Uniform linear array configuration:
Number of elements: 16
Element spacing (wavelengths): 0.5
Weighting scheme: hann
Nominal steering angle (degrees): -60
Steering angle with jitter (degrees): -60.113
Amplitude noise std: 0.05
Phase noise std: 0.05

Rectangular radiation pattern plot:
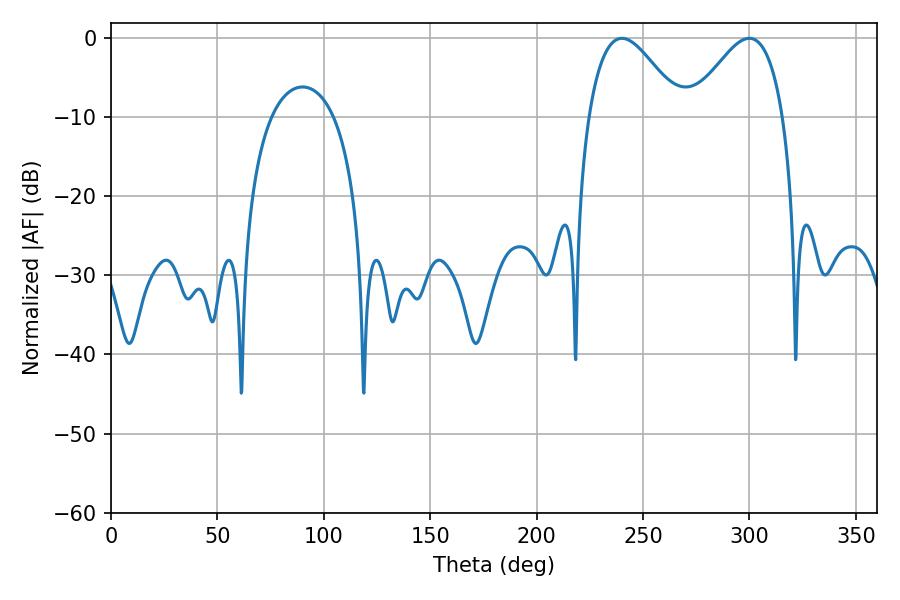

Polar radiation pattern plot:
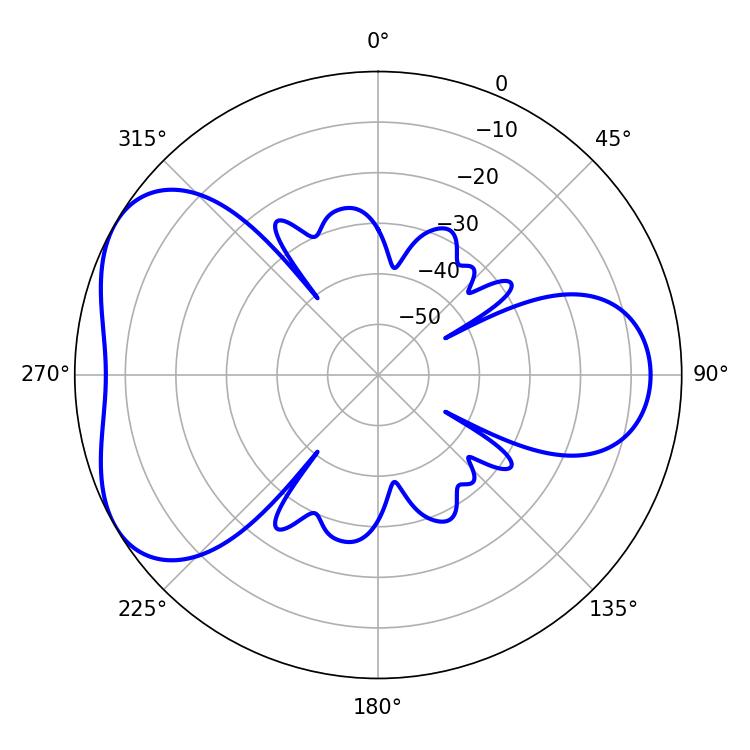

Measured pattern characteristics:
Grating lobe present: FALSE
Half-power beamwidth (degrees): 23.4
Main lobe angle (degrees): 240.12